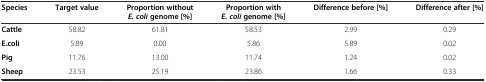
<table><thead><tr><td><b>Species</b></td><td><b>Target value</b></td><td><b>Proportion without <i>E. coli</i>genome [%]</b></td><td><b>Proportion with <i>E. coli</i>genome [%]</b></td><td><b>Difference before [%]</b></td><td><b>Difference after [%]</b></td></tr></thead><tbody><tr><td><b>Cattle</b></td><td>58.82</td><td>61.81</td><td>58.53</td><td>2.99</td><td>0.29</td></tr><tr><td><b>E.coli</b></td><td>5.89</td><td>0.00</td><td>5.86</td><td>5.89</td><td>0.02</td></tr><tr><td><b>Pig</b></td><td>11.76</td><td>13.00</td><td>11.74</td><td>1.24</td><td>0.02</td></tr><tr><td><b>Sheep</b></td><td>23.53</td><td>25.19</td><td>23.86</td><td>1.66</td><td>0.33</td></tr></tbody></table>